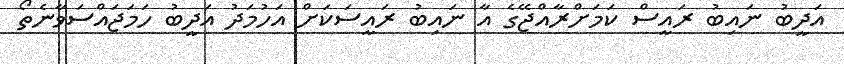
އަދީބު ނައިބު ރައީސް ކަމަށްރާއްޖޭގެ އާ ނައިބު ރައީސަކަށް އަހުމަދު އަދީބު ހަމަޖައްސަވާނެތޯ